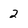
Character: 2